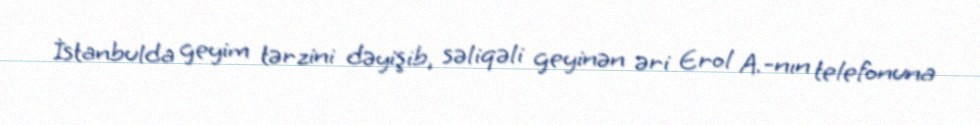
İstanbulda geyim tərzini dəyişib, səliqəli geyinən əri Erol A.-nın telefonuna